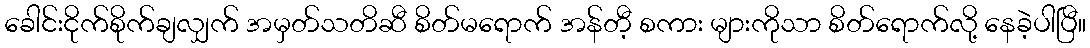
ခေါင်းငိုက်စိုက်ချလျှက် အမှတ်သတိဆီ စိတ်မရောက် အန်တီ့ စကား များကိုသာ စိတ်ရောက်လို့ နေခဲ့ပါပြီ။